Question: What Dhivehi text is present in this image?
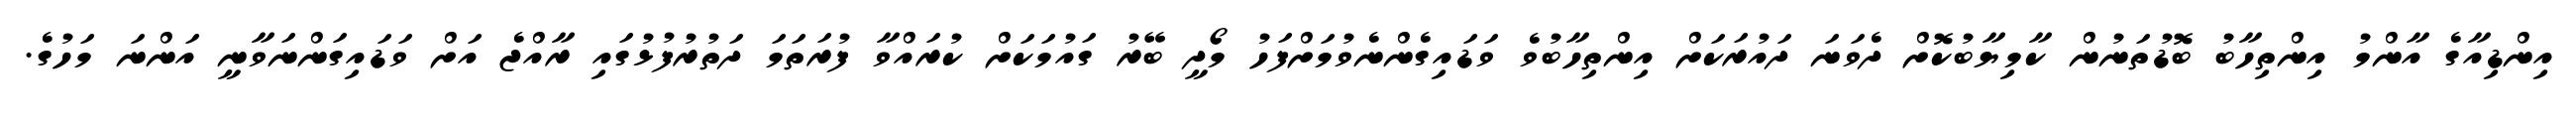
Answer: އިންޑިއާގެ އާންމު އިންތިހާބު ބޮޑުތަނުން ކާމިޔާބުކޮށް ދެވަނަ ދައުރަކަށް އިންތިހާބުވެ ވަޑައިގެންނެވުމަށްފަހު މޯދީ ބޭރު ގައުމަކަށް ކުރައްވާ ފުރަތަމަ ދަތުރުފުޅުގައި ރާއްޖެ އަށް ވަޑައިގަންނަވާނީ އަންނަ މަހުގެ.